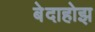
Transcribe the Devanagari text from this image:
बेदाहोझ